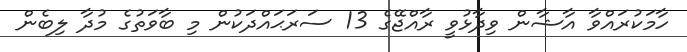
ހާމަކުރައްވާ އާޝާން ވިދާޅުވީ ރާއްޖޭގެ 13 ސަރަޙައްދަަކުން މި ބާވަތުގެ މުދާ ލިބެން